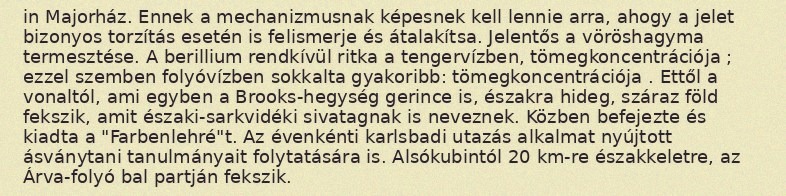
in Majorház. Ennek a mechanizmusnak képesnek kell lennie arra, ahogy a jelet bizonyos torzítás esetén is felismerje és átalakítsa. Jelentős a vöröshagyma termesztése. A berillium rendkívül ritka a tengervízben, tömegkoncentrációja ; ezzel szemben folyóvízben sokkalta gyakoribb: tömegkoncentrációja . Ettől a vonaltól, ami egyben a Brooks-hegység gerince is, északra hideg, száraz föld fekszik, amit északi-sarkvidéki sivatagnak is neveznek. Közben befejezte és kiadta a "Farbenlehré"t. Az évenkénti karlsbadi utazás alkalmat nyújtott ásványtani tanulmányait folytatására is. Alsókubintól 20 km-re északkeletre, az Árva-folyó bal partján fekszik.